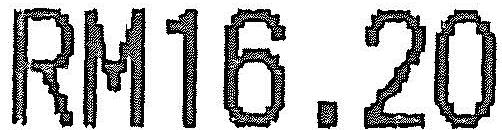
RM16.20